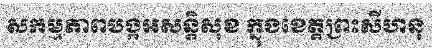
សកម្មភាពបង្កអសន្តិសុខ ក្នុងខេត្តព្រះសីហនុ